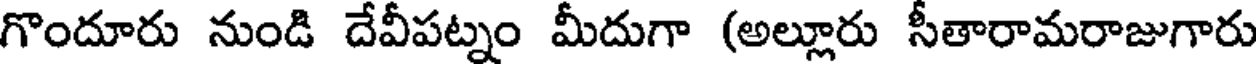
గొందూరు నుండి దేవీపట్నం మీదుగా (అల్లూరు సీతారామరాజుగారు